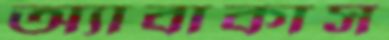
অ্যাবাকাস